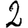
Digit: 2